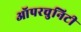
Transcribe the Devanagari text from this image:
ऑपरचुनिटी